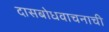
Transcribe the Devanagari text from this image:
दासबोधवाचनाची